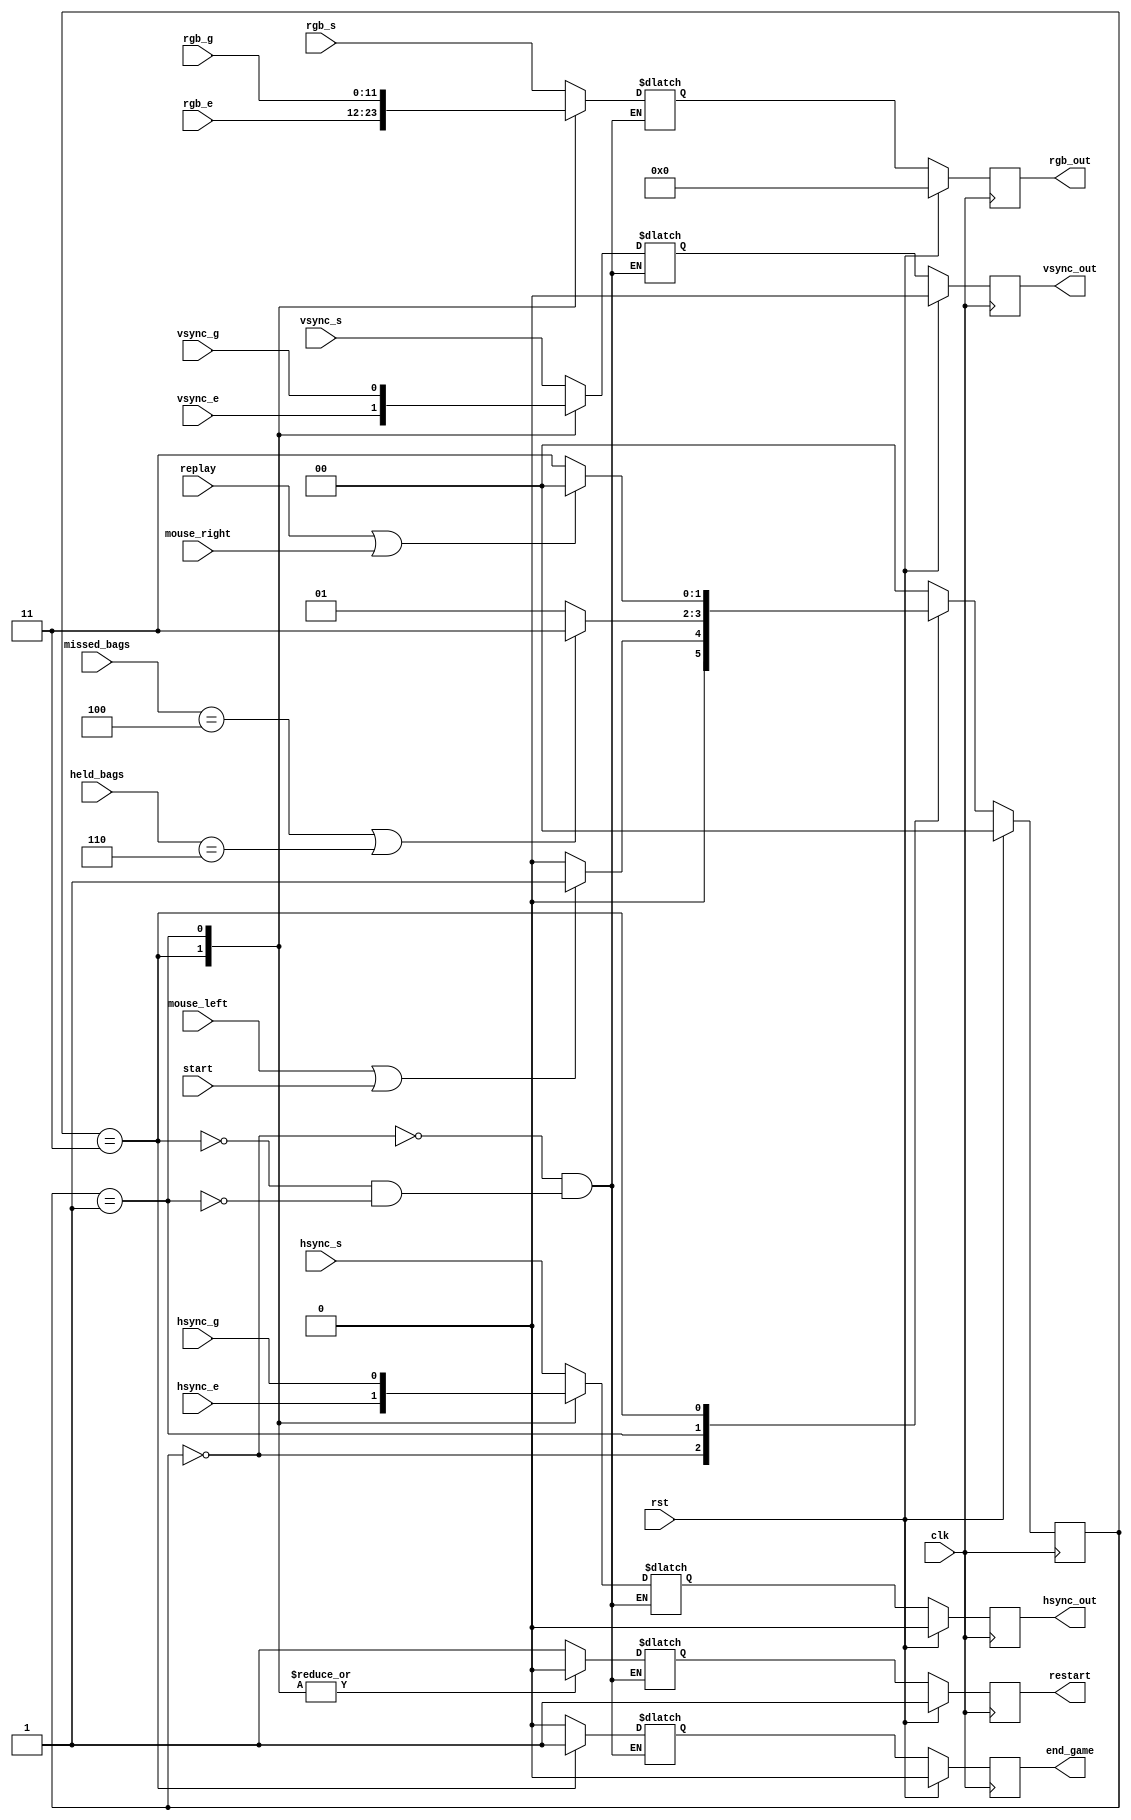
module menu_ctl(
    input wire clk,
    input wire rst,
    input wire start,
    input wire replay,
    input wire mouse_left,
    input wire mouse_right,
    input wire [7:0] missed_bags,
    input wire [3:0] held_bags,
    input wire hsync_s,
    input wire vsync_s,
    input wire [11:0] rgb_s,
    input wire hsync_g,
    input wire vsync_g,
    input wire [11:0] rgb_g,
    input wire hsync_e,
    input wire vsync_e,
    input wire [11:0] rgb_e,
        
    output reg restart,
    output reg end_game,
    output reg hsync_out,
    output reg vsync_out,
    output reg [11:0] rgb_out
    );
    
    
    localparam  STATE_BITS  = 2;
    localparam  
    STATE_START = 2'b00,
    STATE_GAME  = 2'b01,
    STATE_END   = 2'b11;
                
   reg hsync_out_nxt = 0, vsync_out_nxt = 0, restart_nxt = 0, end_game_nxt = 0;
   reg [11:0] rgb_out_nxt = 0;
   reg [STATE_BITS-1 : 0] state, state_nxt;
   
   
   
   always @(posedge clk) begin
        if(rst)begin
            state       <= STATE_START;
            hsync_out   <= 0;
            vsync_out   <= 0;
            rgb_out     <= 0;
            restart     <= 1;
            end_game    <= 0;
        end
        else begin
            state       <= state_nxt;
            hsync_out   <= hsync_out_nxt;
            vsync_out   <= vsync_out_nxt;
            rgb_out     <= rgb_out_nxt;
            restart     <= restart_nxt;
            end_game    <= end_game_nxt;
        end
   end
   
   
   always @* begin
        case(state)
            STATE_START :   state_nxt = mouse_left || start ? STATE_GAME : STATE_START;
            STATE_GAME :    state_nxt = (missed_bags == 4 || held_bags == 6) ? STATE_END : STATE_GAME;
            STATE_END :     state_nxt = replay || mouse_right ? STATE_START : STATE_END;
            default :       state_nxt = STATE_START;
        endcase
   end    
          
          
   always @* begin
        case(state)
            STATE_START:
                begin
                    hsync_out_nxt   = hsync_s;
                    vsync_out_nxt   = vsync_s;
                    rgb_out_nxt     = rgb_s;
                    restart_nxt     = 1;
                    end_game_nxt    = 0;
                end
            STATE_END:
                begin
                    hsync_out_nxt   = hsync_e;
                    vsync_out_nxt   = vsync_e;
                    rgb_out_nxt     = rgb_e;
                    restart_nxt     = 0;    
                    end_game_nxt    = 1;
                end
             STATE_GAME:
                begin
                    hsync_out_nxt   = hsync_g;
                    vsync_out_nxt   = vsync_g;
                    rgb_out_nxt     = rgb_g;
                    restart_nxt     = 0; 
                    end_game_nxt    = 0;
                end
        endcase
    end
      
endmodule